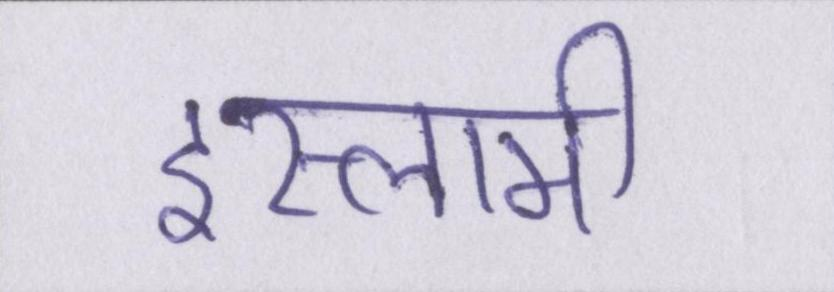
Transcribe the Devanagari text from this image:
इस्लामी